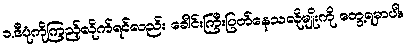
၁.ဒီပုံကိုကြည့်လိုက်ရင်လည်း ခေါင်းကြီးပြတ်နေသလိုမျိုးကို တွေ့ရမှာပါ။